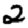
Digit: 2